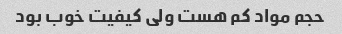
حجم مواد کم هست ولی کیفیت خوب بود